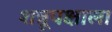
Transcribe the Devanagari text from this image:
शत्रूपक्षाला